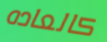
كالعاده